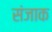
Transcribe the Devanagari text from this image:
संजाक